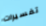
تفسيرات